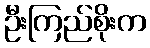
ဦးကြည်စိုးက